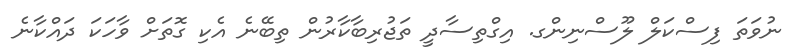
ނުވަތަ ފިސްކަލް ލޫސްނިންގ. އިގްތިސާދީ ތަޖުރިބާކާރުން ތިބޭނެ އެކި ގޮތަށް ވާހަކަ ދައްކާނެ